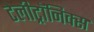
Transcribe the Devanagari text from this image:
टेलीट्रॉनिक्स